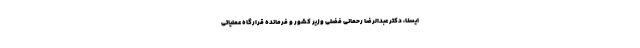
ایسنا، دکتر عبدالرضا رحمانی فضلی وزیر کشور و فرمانده قرارگاه عملیاتی